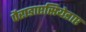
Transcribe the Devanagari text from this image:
पैराडाएसियेडाए